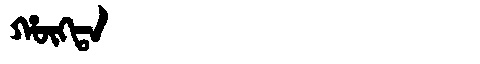
Manchu: ᡥᡡᡴᡨᠠ
Romanization: HŪKTA